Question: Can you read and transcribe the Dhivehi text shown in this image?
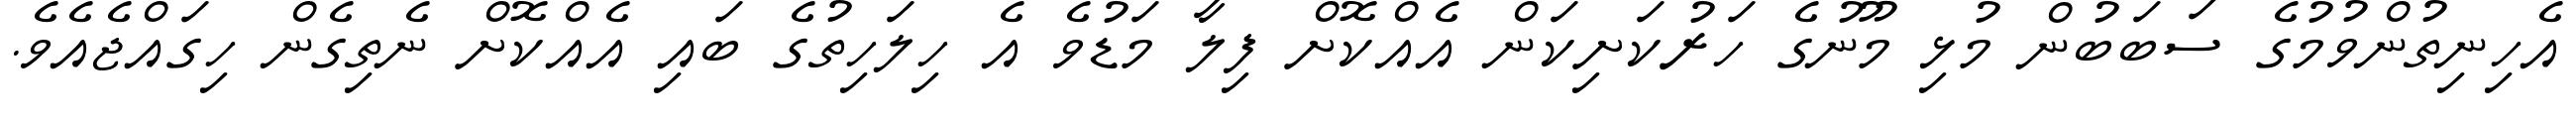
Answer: އެހިނިތުންވުމުގެ ސަބަބުން މުޅި މޫނުގެ ހަރުކަށިކަން އެއްކޮށް ފިލާ މަޑުވެ އެ ހިލަހިތުގެ ބައި އެއްކޮށް ނެތިގެން ހިގައްޖެއެވެ.